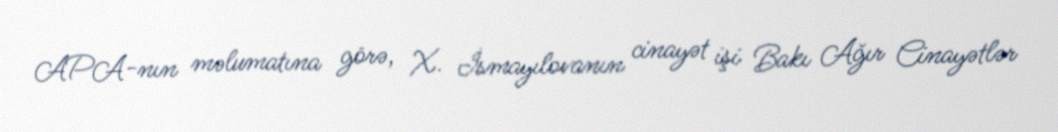
APA-nın məlumatına görə, X. İsmayılovanın cinayət işi Bakı Ağır Cinayətlər